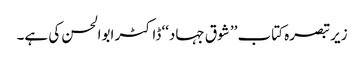
زیر تبصرہ کتاب ’’ شوق جہاد‘‘ ڈاکٹر ابوالحسن کی ہے۔